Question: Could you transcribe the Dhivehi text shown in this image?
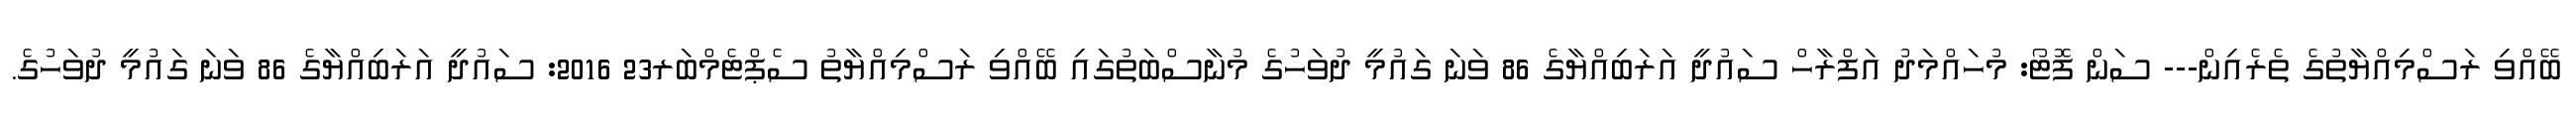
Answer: ބޭއްވި ރަސްމިއްޔާތުގެ ތެރެއިން--- ސަން ފޮޓޯ: މުހައްމަދު އަފްރާހް ސައުދީ އަރަބިއްޔާގެ 86 ވަނަ ގައުމީ ދުވަހުގެ މުނާސްބަތުގައި ބޭއްވި ރަސްމިއްޔާތު ސެޕްޓެމްބަރ23 2016: ސައުދީ އަރަބިއްޔާގެ 86 ވަނަ ގައުމީ ދުވަހުގެ.